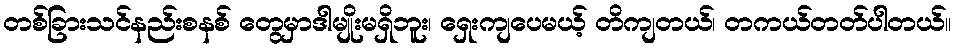
တစ်ခြားသင်နည်းစနစ် တွေမှာဒါမျိုးမရှိဘူး၊ ရှေးကျပေမယ့် တိကျတယ်၊ တကယ်တတ်ပါတယ်။